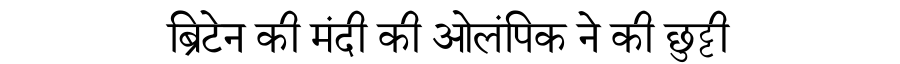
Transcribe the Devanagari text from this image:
ब्रिटेन की मंदी की ओलंपिक ने की छुट्टी